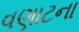
વણાટના